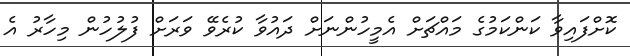
ކޮށްފައިވާ ކަންކަމުގެ މައްޗަށް އެމީހުންނަށް ދައުވާ ކުރެވޭ ވަރަށް ފުލުހުން މިހާރު އެ